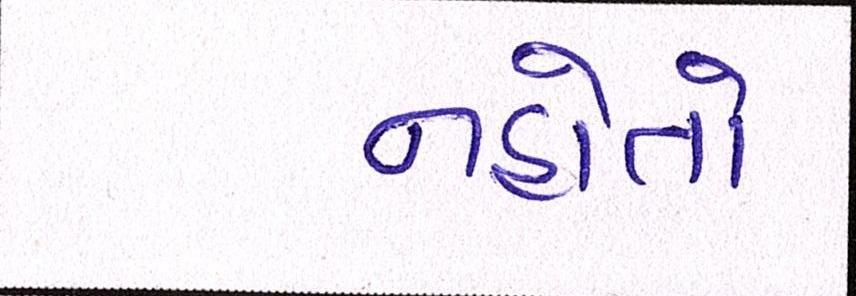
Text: નહોતો